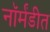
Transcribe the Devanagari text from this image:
नॉर्मंडीत